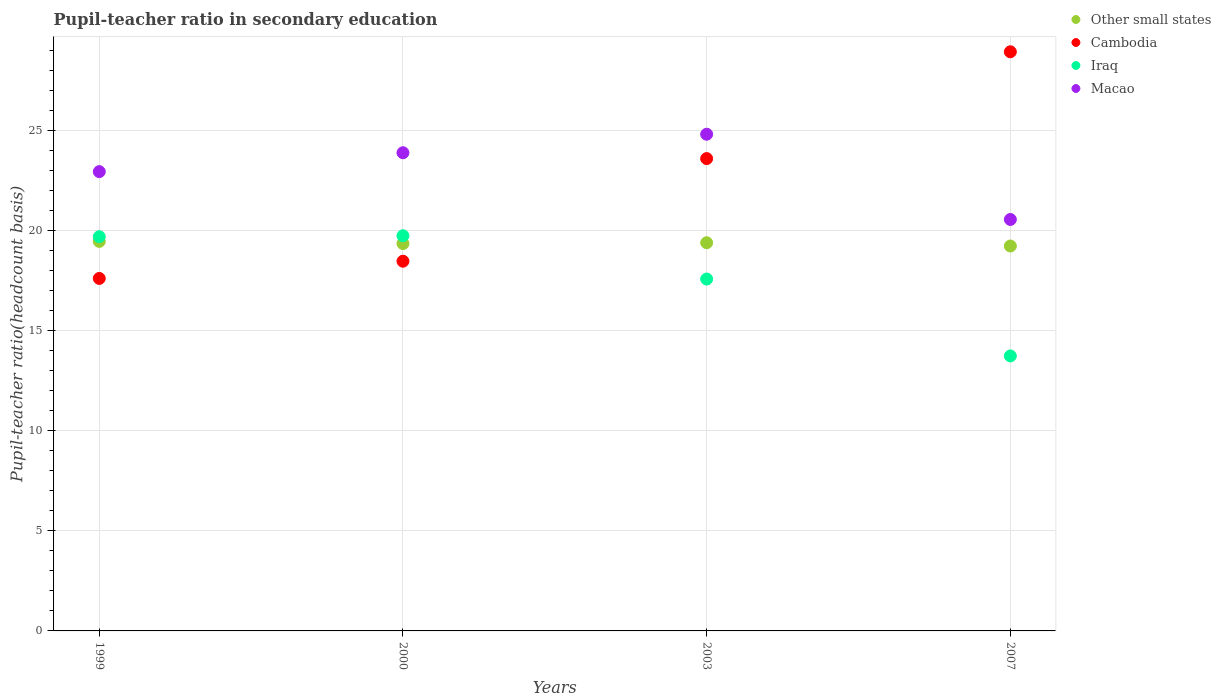
| Years | Other small states | Cambodia | Iraq | Macao |
 | --- | --- | --- | --- | --- |
 | 1999 | 19.5 | 17.6 | 19.7 | 22.9 |
 | 2000 | 19.3 | 18.5 | 19.7 | 23.9 |
 | 2003 | 19.4 | 23.6 | 17.6 | 24.8 |
 | 2007 | 19.2 | 28.9 | 13.7 | 20.5 |